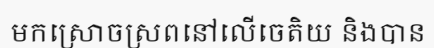
មកស្រោចស្រពនៅលើចេតិយ និងបាន